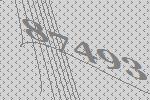
87493